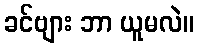
ခင်ဗျား ဘာ ယူမလဲ။